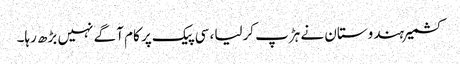
کشمیر ہندوستان نے ہڑپ کرلیا، سی پیک پر کام آگے نہیں بڑھ رہا۔